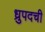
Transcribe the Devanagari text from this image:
ध्रुपदची